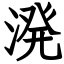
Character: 溌